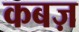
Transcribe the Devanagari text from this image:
कबज़